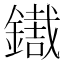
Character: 𨭓